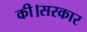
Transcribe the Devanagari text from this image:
की।सरकार